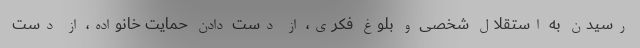
رسیدن به استقلال شخصی و بلوغ فکری، از دست دادن حمایت خانواده، از دست